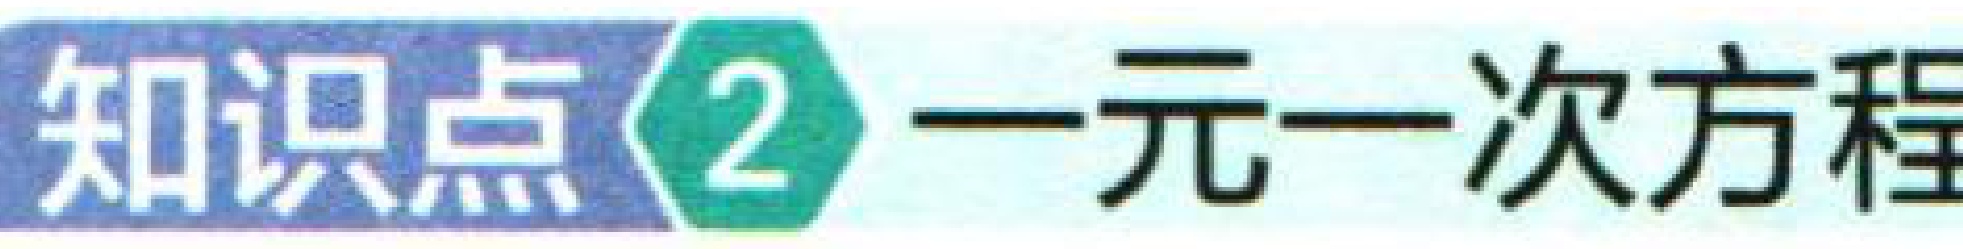
知识点\(2\) 一元一次方程